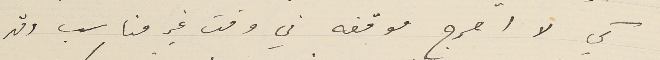
كي لا احرج موقفه في وقت غير مناسب وقد